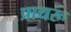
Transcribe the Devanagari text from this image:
प्रायरू